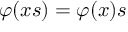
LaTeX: \varphi ( x s ) = \varphi ( x ) s